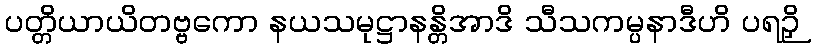
ပတ္တိယာယိတဗ္ဗကော နယသမုဋ္ဌာနန္တိအာဒိ သီသကမ္ပနာဒီဟိ ပရဉှိ